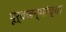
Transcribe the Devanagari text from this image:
पूर्वजन्मांच्या